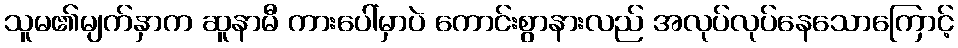
သူမ၏မျက်နှာက ဆူနာမီ ကားပေါ်မှာပဲ ကောင်းစွာနားလည် အလုပ်လုပ်နေသောကြောင့်